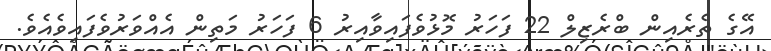
އޭގެ ތެރެއިން ބްރެޒިލް 22 ފަހަރު މޮޅުވެފައިވާއިރު 6 ފަހަރު މަތިން އެއްވަރުވެފައިވެއެވެ.